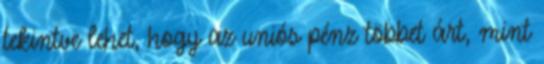
tekintve lehet, hogy az uniós pénz többet árt, mint